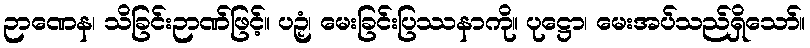
ဉာဏေန၊ သိခြင်းဉာဏ်ဖြင့်။ ပဉှံ၊ မေးခြင်းပြဿနာကို။ ပုဋ္ဌော၊ မေးအပ်သည်ရှိသော်။